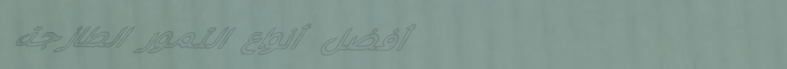
أفضل أنواع التمور الطازجة